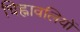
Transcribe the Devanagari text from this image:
चिह्नावलियों